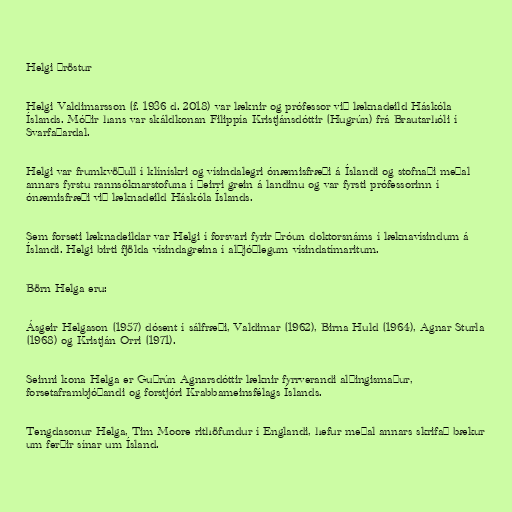
Helgi Þröstur

Helgi Valdimarsson (f. 1936 d. 2018) var læknir og prófessor við læknadeild Háskóla
Íslands. Móðir hans var skáldkonan Filippía Kristjánsdóttir (Hugrún) frá Brautarhóli í
Svarfaðardal.

Helgi var frumkvöðull í klínískri og vísindalegri ónæmisfræði á Íslandi og stofnaði meðal
annars fyrstu rannsóknarstofuna í þeirri grein á landinu og var fyrsti prófessorinn í
ónæmisfræði við læknadeild Háskóla Íslands.

Sem forseti læknadeildar var Helgi í forsvari fyrir þróun doktorsnáms í læknavísindum á
Íslandi. Helgi birti fjölda vísindagreina í alþjóðlegum vísindatímaritum.

Börn Helga eru:

Ásgeir Helgason (1957) dósent í sálfræði, Valdimar (1962), Birna Huld (1964), Agnar Sturla
(1968) og Kristján Orri (1971).

Seinni kona Helga er Guðrún Agnarsdóttir læknir fyrrverandi alþingismaður,
forsetaframbjóðandi og forstjóri Krabbameinsfélags Íslands.

Tengdasonur Helga, Tim Moore rithöfundur í Englandi, hefur meðal annars skrifað bækur
um ferðir sínar um Ísland.